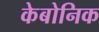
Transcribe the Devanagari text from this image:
केबोनिक